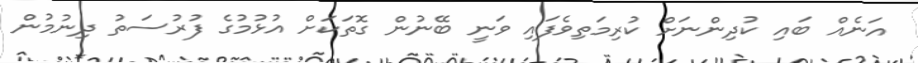
އަނެއް ބައި ކުދިންނަށް ކުރިމަތިވެފައި ވަނީ ބޭނުން ގޮތަކަށް އުޅުމުގެ ފުރުސަތު ދިނުމުން